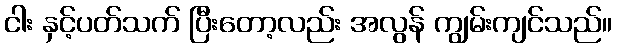
ငါး နှင့်ပတ်သက် ပြီးတော့လည်း အလွန် ကျွမ်းကျင်သည်။